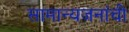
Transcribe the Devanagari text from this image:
सामान्यजनांची